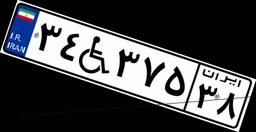
۳۴W۳۷۵۳۸